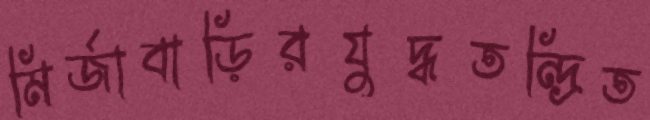
মির্জাবাড়িরযুদ্ধতন্দ্রিত